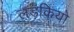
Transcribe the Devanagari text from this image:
लड़कियो